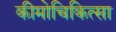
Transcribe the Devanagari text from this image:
कीमोचिकित्सा